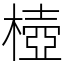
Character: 㯛